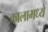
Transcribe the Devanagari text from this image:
कालामध्ये